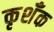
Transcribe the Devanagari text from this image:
कृशँक